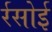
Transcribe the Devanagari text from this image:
र्रसोई